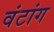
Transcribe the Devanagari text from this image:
वंटांग